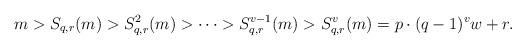
LaTeX: \begin{align*}m > S_{q,r}(m) > S_{q,r}^2(m) > \cdots > S_{q,r}^{v-1}(m) > S_{q,r}^v(m) = p \cdot (q -1)^v w+r.\end{align*}